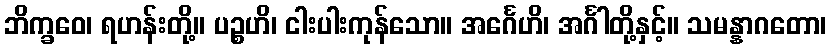
ဘိက္ခဝေ၊ ရဟန်းတို့။ ပဉ္စဟိ၊ ငါးပါးကုန်သော။ အင်္ဂေဟိ၊ အင်္ဂါတို့နှင့်။ သမန္နာဂတော၊